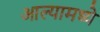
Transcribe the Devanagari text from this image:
आल्यामध्ये